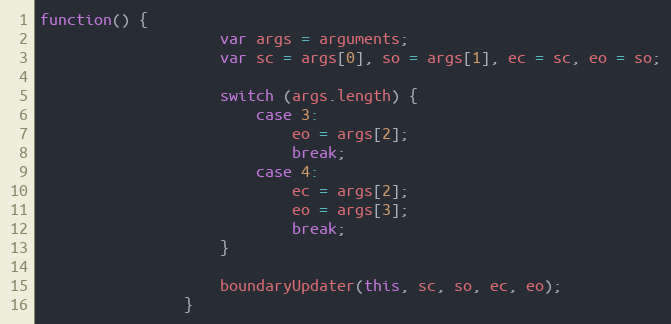
Language: JavaScript
function() {
                    var args = arguments;
                    var sc = args[0], so = args[1], ec = sc, eo = so;

                    switch (args.length) {
                        case 3:
                            eo = args[2];
                            break;
                        case 4:
                            ec = args[2];
                            eo = args[3];
                            break;
                    }

                    boundaryUpdater(this, sc, so, ec, eo);
                }